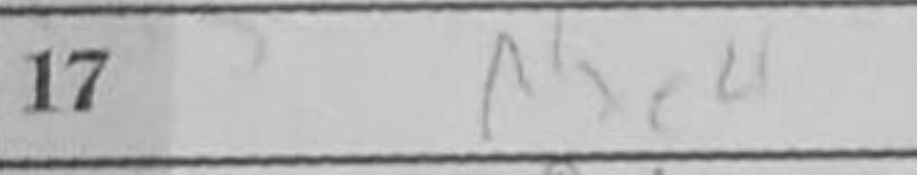
Transcription: Qd2